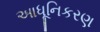
આધૂનિકરણ